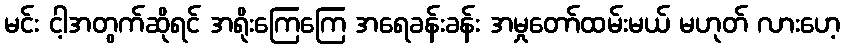
မင်း ငါ့အတွက်ဆိုရင် အရိုးကြေကြေ အရေခန်းခန်း အမှုတော်ထမ်းမယ် မဟုတ် လားဟေ့